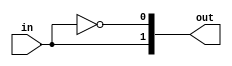
//#############################################################################
//# Function: Binary to one hot encoder                                       #
//#############################################################################
//# Author:   Andreas Olofsson                                                #
//# License:  MIT (see LICENSE file in OH! repository)                        #
//#############################################################################

module oh_bin2onehot
  #(parameter  N  = 2, // output vector width
    parameter  NB = $clog2(N) // binary encoded input
    )
   (
    input [NB-1:0] in, // unsigned binary input
    output [N-1:0] out   // one hot output vector
    );

   genvar 	   i;
   for(i=0;i<N;i=i+1) begin: gen_onehot
      assign out[i] = (in[NB-1:0] == i);
   end
endmodule // oh_bin2onehot